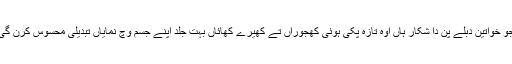
جو خواتین دبلے پن دا شکار ہاں اوہ تازہ پکی ہوئی کھجوراں تے کھیرے کھائاں بہت جلد اپنے جسم وچ نمایاں تبدیلی محسوس کرن گی۔